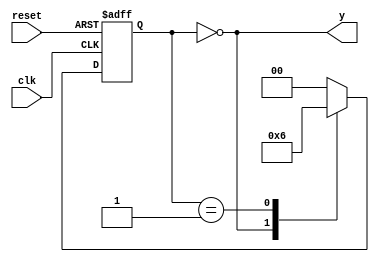
module counter(input clk, reset,
               output y);
    reg [1:0]         state, nextstate;
    
    parameter s0 = 2'b00;
    parameter s1 = 2'b01;
    parameter s2 = 2'b10;
    always @ (posedge clk, posedge reset)
      if (reset) state <= s0;
      else state <= nextstate;
    always @ (*)
      case (state)
        s0: nextstate = s1;
        s1: nextstate = s2;
        s2: nextstate = s0;
        default: nextstate = s0;
        
      endcase // case (state)
    assign y = (state == s0);
endmodule // counter